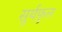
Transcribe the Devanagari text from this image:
सुर्यफुल